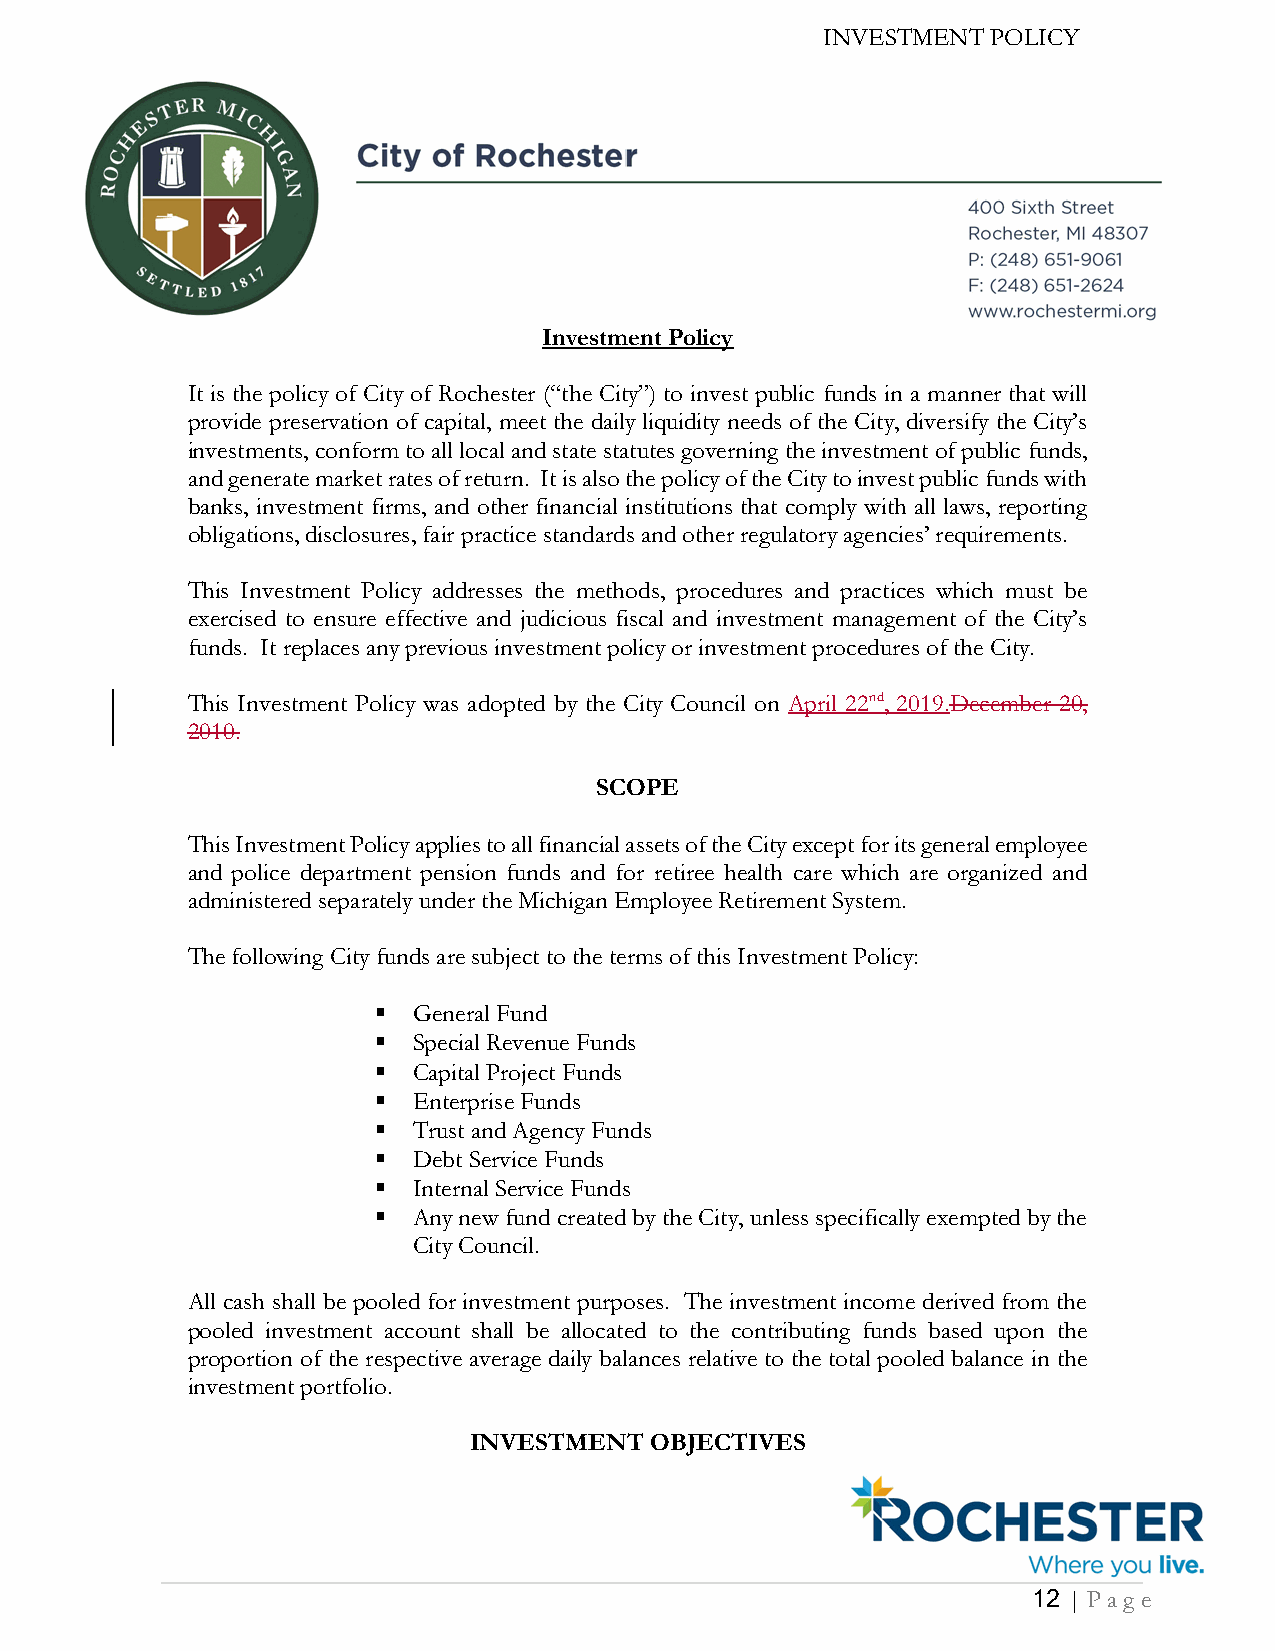
Investment Policy
 It is the policy of City of Rochester (“the City”) to invest public funds in a manner that will
 provide preservation of capital, meet the daily liquidity needs of the City, diversify the City’s
 investments, conform to all local and state statutes governing the investment of public funds,
 and generate market rates of return. It is also the policy of the City to invest public funds with
 banks, investment firms, and other financial institutions that comply with all laws, reporting
 obligations, disclosures, fair practice standards and other regulatory agencies’ requirements.
 This Investment Policy addresses the methods, procedures and practices which must be
 exercised to ensure effective and judicious fiscal and investment management of the City’s
 funds. It replaces any previous investment policy or investment procedures of the City.
 This Investment Policy was adopted by the City Council on April 22nd, 2019.December 20,
 2010.
 SCOPE
 This Investment Policy applies to all financial assets of the City except for its general employee
 and police department pension funds and for retiree health care which are organized and
 administered separately under the Michigan Employee Retirement System.
 The following City funds are subject to the terms of this Investment Policy:
 ▪ General Fund
 ▪ Special Revenue Funds
 ▪ Capital Project Funds
 ▪ Enterprise Funds
 ▪ Trust and Agency Funds
 ▪ Debt Service Funds
 ▪ Internal Service Funds
 ▪ Any new fund created by the City, unless specifically exempted by the
 City Council.
 All cash shall be pooled for investment purposes. The investment income derived from the
 pooled investment account shall be allocated to the contributing funds based upon the
 proportion of the respective average daily balances relative to the total pooled balance in the
 investment portfolio.
 INVESTMENT  OBJECTIVES
 12 | Pa g e